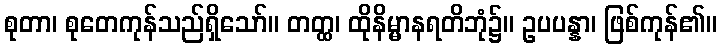
စုတာ၊ စုတေကုန်သည်ရှိသော်။ တတ္ထ၊ ထိုနိမ္မာနရတိဘုံ၌။ ဥပပန္နာ၊ ဖြစ်ကုန်၏။